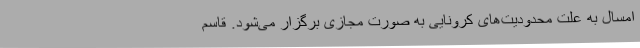
امسال به علت محدودیت‌های کرونایی به صورت مجازی برگزار می‌شود. قاسم